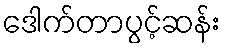
ဒေါက်တာပွင့်ဆန်း